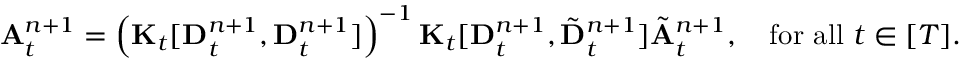
\begin{array} { r } { { \bf A } _ { t } ^ { n + 1 } = \left( { \bf K } _ { t } [ { \bf D } _ { t } ^ { n + 1 } , { \bf D } _ { t } ^ { n + 1 } ] \right) ^ { - 1 } { \bf K } _ { t } [ { \bf D } _ { t } ^ { n + 1 } , \tilde { { \bf D } } _ { t } ^ { n + 1 } ] \tilde { { \bf A } } _ { t } ^ { n + 1 } , \quad \mathrm { f o r ~ a l l ~ } t \in [ T ] . } \end{array}